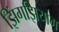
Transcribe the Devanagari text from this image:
झिंगझियांग